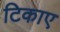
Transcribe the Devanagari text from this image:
टिकाए